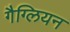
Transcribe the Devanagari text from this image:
गैग्लियन